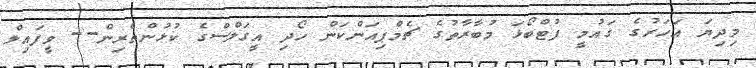
މިދިޔަ އަހަރުގެ ގައުމީ ފުޓްބޯޅަ މުބާރާތުގެ ޗެމްޕިއަންކަން ހޯދި އީގަލްސްގެ ކުޅުންތެރިން-- ވީފައިލް